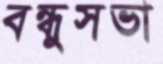
বন্ধুসভা